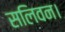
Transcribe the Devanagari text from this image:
सलिवन।